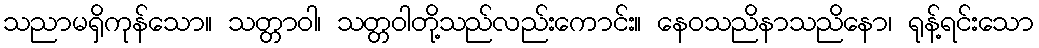
သညာမရှိကုန်သော။ သတ္တာဝါ၊ သတ္တဝါတို့သည်လည်းကောင်း။ နေဝသညိနာသညိနော၊ ရုန့်ရင်းသော